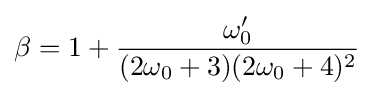
\beta =1+{\frac {\omega _{0}^{\prime }}{(2\omega _{0}+3)(2\omega _{0}+4)^{2}}}~